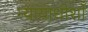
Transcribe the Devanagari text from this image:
न्यायाधीशोँ